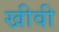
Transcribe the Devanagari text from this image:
खीवी